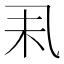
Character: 𠃥